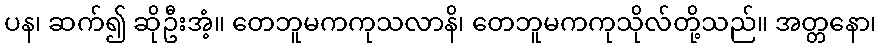
ပန၊ ဆက်၍ ဆိုဦးအံ့။ တေဘူမကကုသလာနိ၊ တေဘူမကကုသိုလ်တို့သည်။ အတ္တနော၊